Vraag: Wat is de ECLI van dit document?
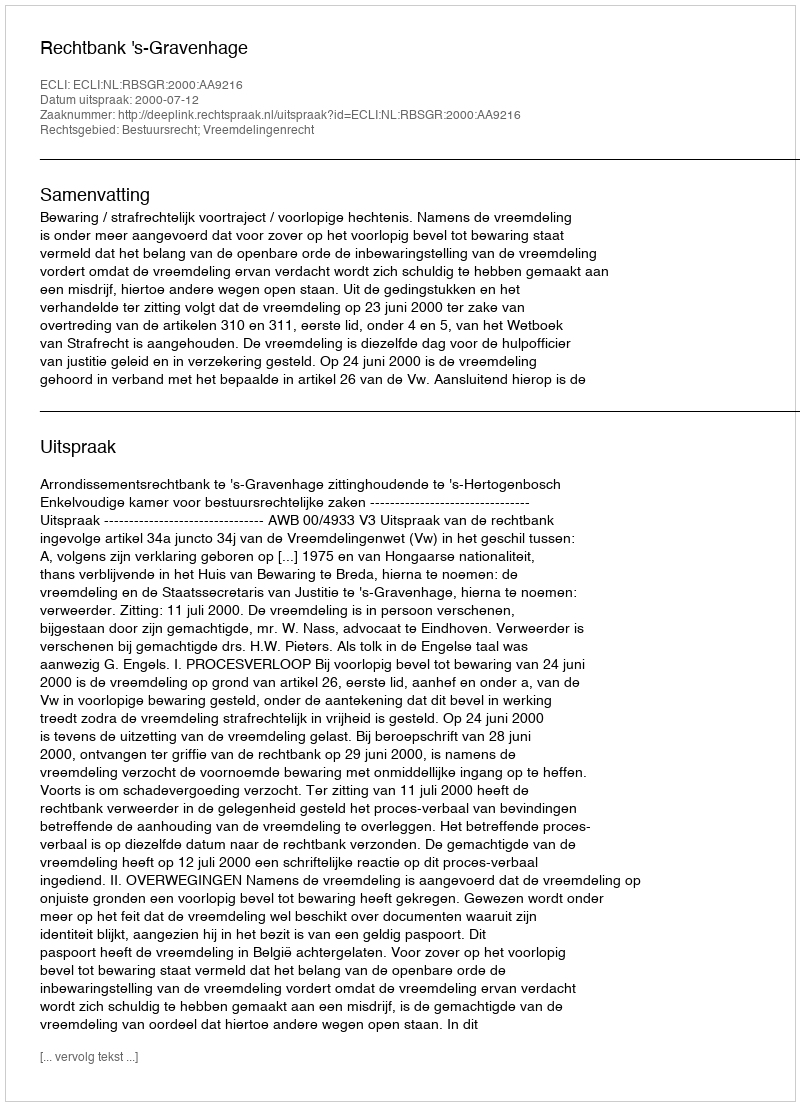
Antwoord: ECLI:NL:RBSGR:2000:AA9216